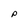
Character: P